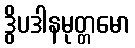
ဒွိပဒါနမုတ္တမော